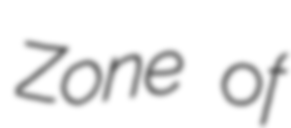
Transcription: Zone of